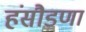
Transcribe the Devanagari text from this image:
हंसौडणा